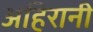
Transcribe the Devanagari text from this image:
अहिरानी